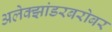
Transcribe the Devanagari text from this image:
अलेक्झांडरबरोबर